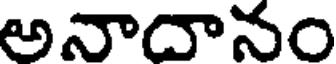
అనాదానం